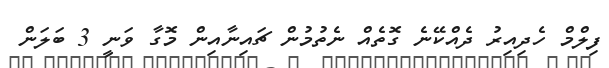
ފިލްމް ހެދިއިރު ދެއްކޭނެ ގޮތެއް ނެތުމުން ޗައިނާއިން މޮގާ ވަނީ 3 ބަލަން